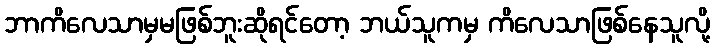
ဘာကိလေသာမှမဖြစ်ဘူးဆိုရင်တော့ ဘယ်သူကမှ ကိလေသာဖြစ်နေသူလို့